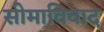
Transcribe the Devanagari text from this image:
सीमाविवाद